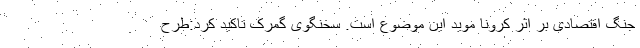
جنگ اقتصادی بر اثر کرونا موید این موضوع است. سخنگوی گمرک تاکید کرد:طرح